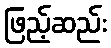
ဖြည့်ဆည်း